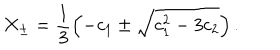
X _ { \pm } = \frac { 1 } { 3 } \left( - c _ { 1 } \pm \sqrt { c _ { 1 } ^ { 2 } - 3 c _ { 2 } } \right) .